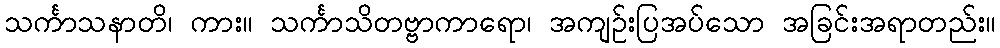
သင်္ကာသနာတိ၊ ကား။ သင်္ကာသိတဗ္ဗာကာရော၊ အကျဉ်းပြအပ်သော အခြင်းအရာတည်း။